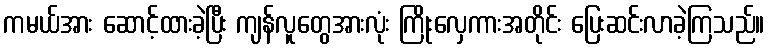
ကမယ်အား ဆောင့်ထားခဲ့ပြီး ကျန်လူတွေအားလုံး ကြိုးလှေကားအတိုင်း ပြေးဆင်းလာခဲ့ကြသည်။